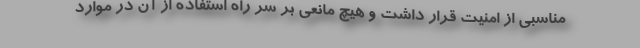
مناسبی از امنیت قرار داشت و هیچ مانعی بر سر راه استفاده از آن در موارد